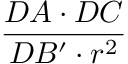
\frac { D A \cdot D C } { D B ^ { \prime } \cdot r ^ { 2 } }